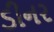
ડીનર